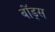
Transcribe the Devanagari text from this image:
बॉंड्स